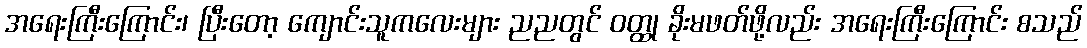
အရေးကြီးကြောင်း၊ ပြီးတော့ ကျောင်းသူကလေးများ ညညတွင် ဝတ္ထု ခိုးမဖတ်ဖို့လည်း အရေးကြီးကြောင်း စသည်